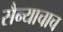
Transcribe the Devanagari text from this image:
सैन्याचाच